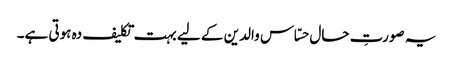
یہ صورتِ حال حسّاس والدین کے لیے بہت تکلیف دہ ہوتی ہے۔